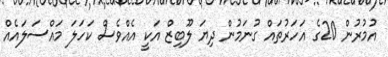
އުމުރުން 20ގެ އަހަރުތައް ގުނަމުން ދިޔަ ލޫބިޒް އަކީ އެއްވެސް ކަހަލަ މައްސަލައެއް